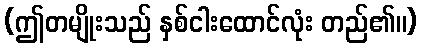
(ဤတမျိုးသည် နှစ်ငါးထောင်လုံး တည်၏။)